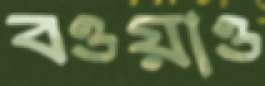
বওয়াও